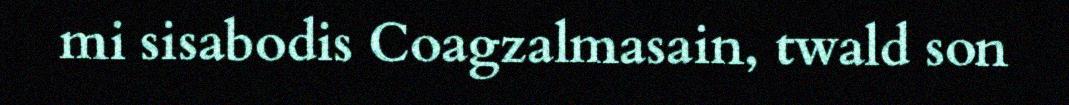
mi sisabodis Coagzalmasain, twald son